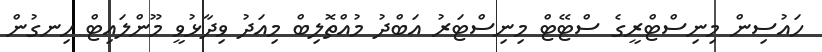
ހައުސިން މިނިސްޓްރީގެ ސްޓޭޓް މިނިސްޓަރު އަބްދު މުއްތޮލިބް މިއަދު ވިދާޅުވީ މޫންލައިޓް ހިނގުން